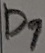
Text: D1